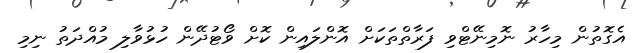
އެގޮތުން މިހާރު ނޮމިނޭޓްވި ފަރާތްތަކަށް އޮންލައިން ކޮށް ވޯޓުދޭން ހުޅުވާލި މުއްދަތު ނިމި